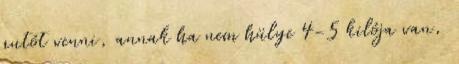
autót venni, annak ha nem hülye 4-5 kilója van,